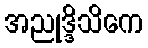
အညုဒ္ဒိသိကေ